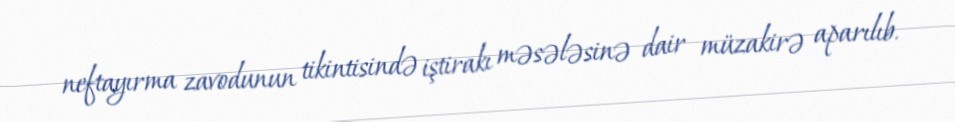
neftayırma zavodunun tikintisində iştirakı məsələsinə dair müzakirə aparılıb.